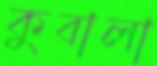
কুবালা